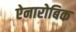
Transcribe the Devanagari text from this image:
ऐनारोबिक